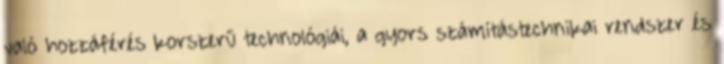
való hozzáférés korszerű technológiái, a gyors számítástechnikai rendszer és